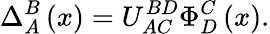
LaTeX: \Delta_{A}^{B}\left(x\right)=U_{AC\, }^{BD}\Phi_{D}^{C}\left(x\right).